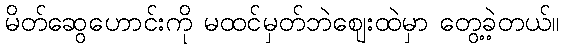
မိတ်ဆွေဟောင်းကို မထင်မှတ်ဘဲဈေးထဲမှာ တွေ့ခဲ့တယ်။